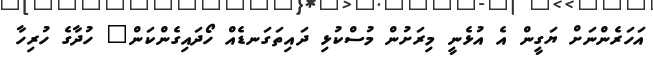
އަހަރެންނަށް ޔަގީން އެ އުޅެނީ މިރަށުން މުސްކުޅި ދައިތަގަނޑެއް ހޯދައިގެންކަން" ހުދާގެ ހުރިހާ